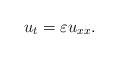
LaTeX: \begin{align*}u_{t}=\varepsilon u_{xx}. \end{align*}